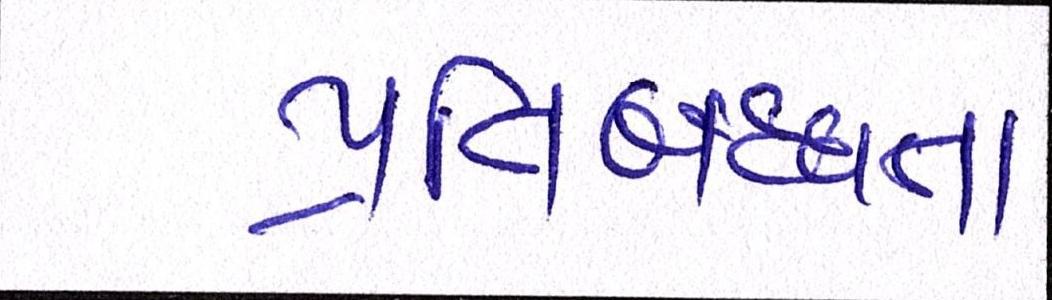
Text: પ્રતિબદ્ધતા